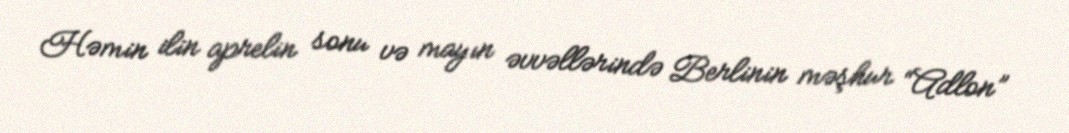
Həmin ilin aprelin sonu və mayın əvvəllərində Berlinin məşhur “Adlon”